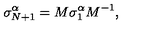
\sigma _ { N + 1 } ^ { \alpha } = M \sigma _ { 1 } ^ { \alpha } M ^ { - 1 } ,